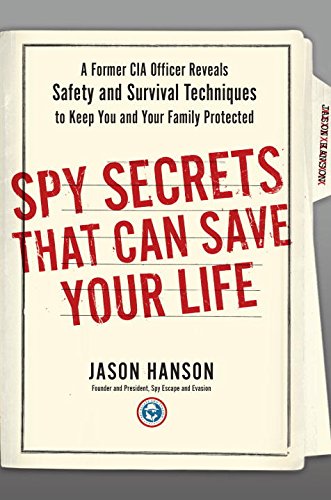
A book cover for Spy Secrets That Can Save Your Life: A Former CIA Officer Reveals Safety and Survival Techniques to Keep You and Your  Family Protected; Jason Hanson; Health, Fitness & Dieting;